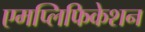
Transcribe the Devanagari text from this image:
एमप्लिफिकेशन